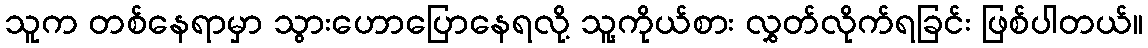
သူက တစ်နေရာမှာ သွားဟောပြောနေရလို့ သူ့ကိုယ်စား လွှတ်လိုက်ရခြင်း ဖြစ်ပါတယ်။